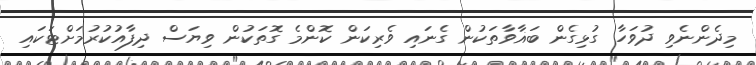
މިދެންނެވި ދުވަހާ ގުޅިގެން ބަޣާވާތަކުން ގެނައި ވެރިކަން ކޮންމެ ގޮތަކުން ވިޔަސް ދިފާއުކުރުމަށްޓަކައި